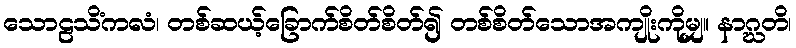
သောဠသိံကလံ၊ တစ်ဆယ့်ခြောက်စိတ်စိတ်၍ တစ်စိတ်သောအကျိုးကိုမျှ။ နာဂ္ဃတိ၊